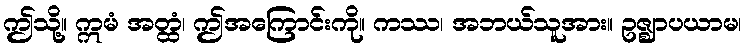
ဤသို့။ ဣမံ အတ္ထံ၊ ဤအကြောင်းကို။ ကဿ၊ အဘယ်သူအား။ ဥဇ္ဈာပယာမ၊